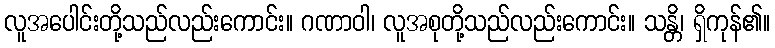
လူအပေါင်းတို့သည်လည်းကောင်း။ ဂဏာဝါ၊ လူအစုတို့သည်လည်းကောင်း။ သန္တိ၊ ရှိကုန်၏။